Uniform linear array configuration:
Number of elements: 48
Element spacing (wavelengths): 0.25
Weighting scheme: kaiser
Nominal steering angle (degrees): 45
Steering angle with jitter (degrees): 44.024
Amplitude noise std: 0.05
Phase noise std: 0.05

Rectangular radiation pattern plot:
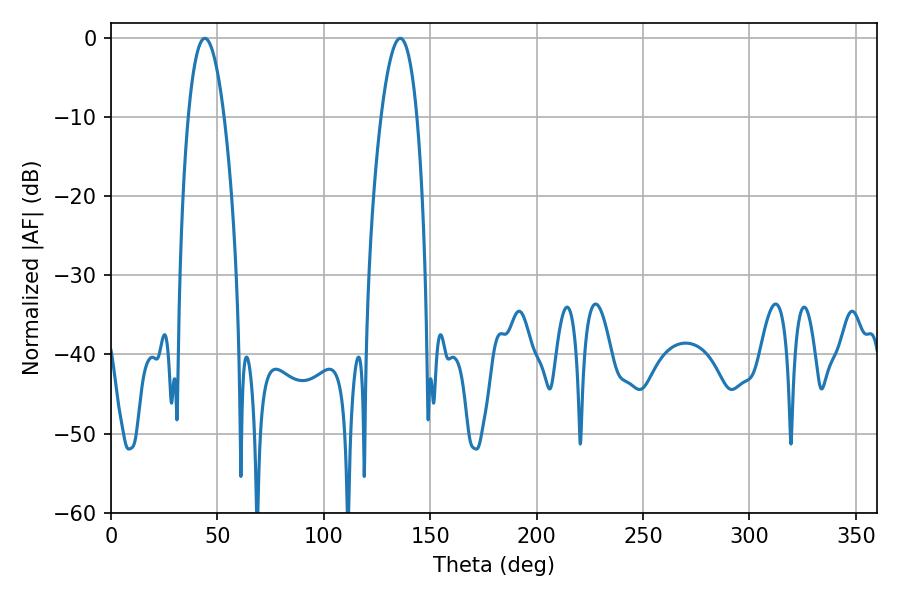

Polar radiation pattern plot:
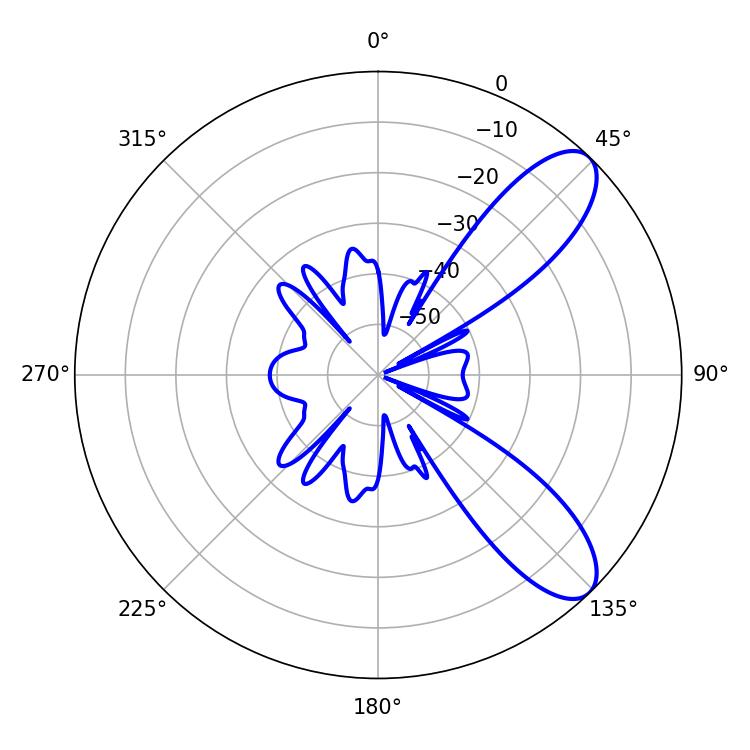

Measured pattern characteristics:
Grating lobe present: FALSE
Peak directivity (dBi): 9.146
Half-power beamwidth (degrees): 9.36
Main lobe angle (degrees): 44.1